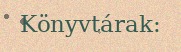
Könyvtárak: